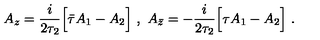
A _ { z } = \frac { i } { 2 \tau _ { 2 } } \Big [ \bar { \tau } A _ { 1 } - A _ { 2 } \Big ] \ , \ A _ { \bar { z } } = - \frac { i } { 2 \tau _ { 2 } } \Big [ \tau A _ { 1 } - A _ { 2 } \Big ] \ .